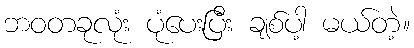
ဘဝတခုလုံး ပုံပေးပြီး ချစ်ပါ့ မယ်တဲ့။